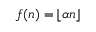
f ( n ) = \lfloor \alpha n \rfloor